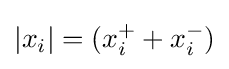
|x_{i}|=(x_{i}^{+}+x_{i}^{-})